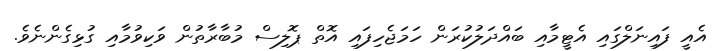
އެއީ ފައިނަލްގައި އެޓީމާއި ބައްދަލުކުރަން ހަމަޖެހިފައި އޮތް ޕޮލިސް މުބާރާތުން ވަކިވުމާއި ގުޅިގެންނެވެ.